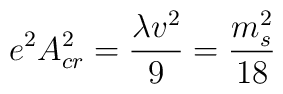
e^2A_{cr}^2 = {\lambda v^2\over 9} = {m_s^2\over 18}